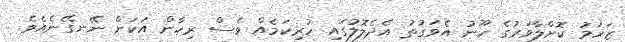
ޒަޚަމު ކޮށްލާވަރުގެ ހޫނު އެވަގުތު އެދެލޮލުގައި ހުރިކަމެއް ވެސް ރިހާން އަކަށް ނޭނގޭނެއެވެ.